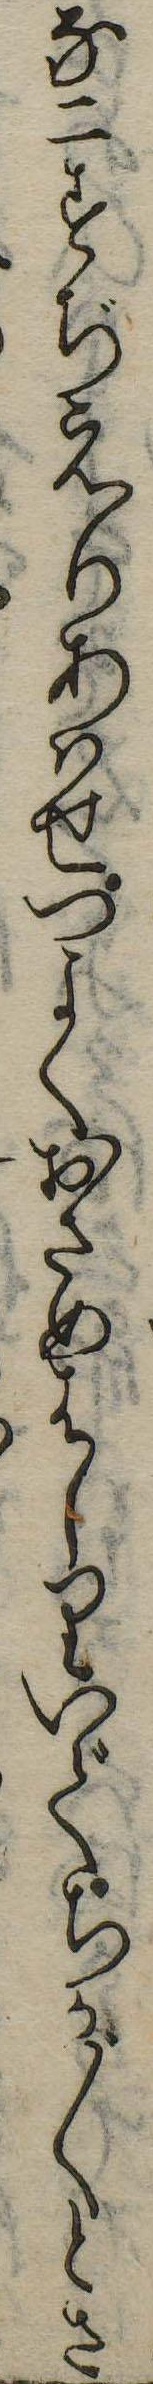
な二すぢえりあはせつよくおさめはしりいでちか〲とさ